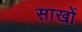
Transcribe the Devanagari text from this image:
साखों